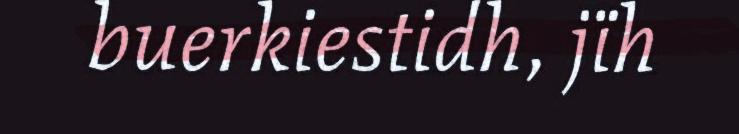
buerkiestidh, jïh